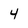
Character: 4